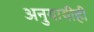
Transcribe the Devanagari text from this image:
अनुयायीही